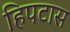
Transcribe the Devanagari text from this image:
हिपटास